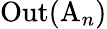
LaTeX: \operatorname{Out}(\mathrm{A}_{n})